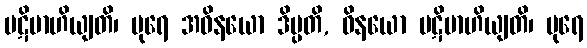
ပဋိဗာဟိယျတိ၊ ပုရေ အဝိနယော ဒိပ္ပတိ, ဝိနယော ပဋိဗာဟိယျတိ၊ ပုရေ